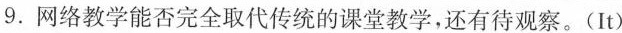
9.网络教学能否完全取代传统的课堂教学，还有待观察。(It)